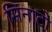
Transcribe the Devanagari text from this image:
मिनाटो